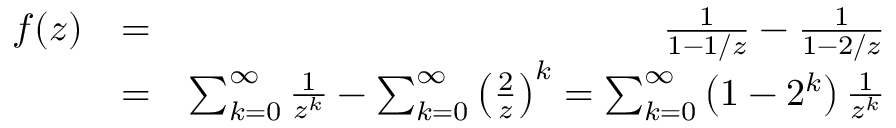
\begin{array} { r l r } { f ( z ) } & { = } & { \frac { 1 } { 1 - 1 / z } - \frac { 1 } { 1 - 2 / z } } \\ & { = } & { \sum _ { k = 0 } ^ { \infty } \frac { 1 } { z ^ { k } } - \sum _ { k = 0 } ^ { \infty } \left( \frac { 2 } { z } \right) ^ { k } = \sum _ { k = 0 } ^ { \infty } \left( 1 - 2 ^ { k } \right) \frac { 1 } { z ^ { k } } } \end{array}